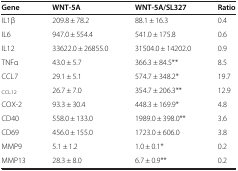
<table><thead><tr><td><b>Gene</b></td><td><b>WNT-5A</b></td><td><b>WNT-5A/SL327</b></td><td><b>Ratio</b></td></tr></thead><tbody><tr><td>IL1β</td><td>209.8 ± 78.2</td><td>88.1 ± 16.3</td><td>0.4</td></tr><tr><td>IL6</td><td>947.0 ± 554.4</td><td>541.0 ± 175.8</td><td>0.6</td></tr><tr><td>IL12</td><td>33622.0 ± 26855.0</td><td>31504.0 ± 14202.0</td><td>0.9</td></tr><tr><td>TNFα</td><td>43.0 ± 5.7</td><td>366.3 ± 84.5**</td><td>8.5</td></tr><tr><td>CCL7</td><td>29.1 ± 5.1</td><td>574.7 ± 348.2*</td><td>19.7</td></tr><tr><td><sub>CCL12</sub></td><td>26.7 ± 7.0</td><td>354.7 ± 206.3**</td><td>12.9</td></tr><tr><td>COX-2</td><td>93.3 ± 30.4</td><td>448.3 ± 169.9*</td><td>4.8</td></tr><tr><td>CD40</td><td>558.0 ± 133.0</td><td>1989.0 ± 398.0**</td><td>3.6</td></tr><tr><td>CD69</td><td>456.0 ± 155.0</td><td>1723.0 ± 606.0</td><td>3.8</td></tr><tr><td>MMP9</td><td>5.1 ± 1.2</td><td>1.0 ± 0.1*</td><td>0.2</td></tr><tr><td>MMP13</td><td>28.3 ± 8.0</td><td>6.7 ± 0.9**</td><td>0.2</td></tr></tbody></table>